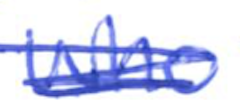
Text: who
Cross-out: scratch
Writing tool: ballpoint